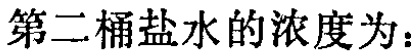
第二桶盐水的浓度为：